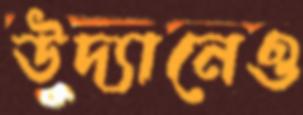
উদ্যানেও